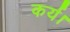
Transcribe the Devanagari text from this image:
कर्य।